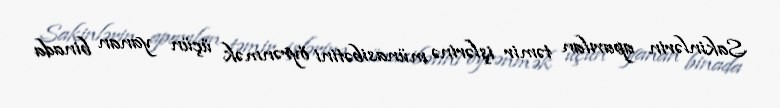
Sakinlərin aparılan təmir işlərinə münasibətini öyrənmək üçün yanan binada